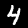
Label: 4